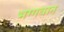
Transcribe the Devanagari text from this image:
भग्गवान